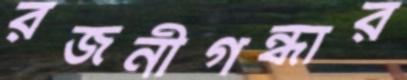
রজনীগন্ধার